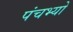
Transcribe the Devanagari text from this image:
पंचभ्यो